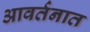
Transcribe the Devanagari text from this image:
आवर्तनात